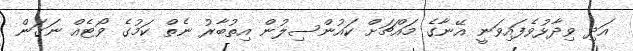
އަދި ވިދާޅުވެފައިވަނީ އޭނާގެ މައްޗަށް ކައުންސިލުން އިތުބާރު ނެތް ކަމުގެ ވޯޓެއް ނަގަން